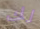
لك